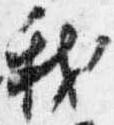
我